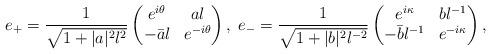
LaTeX: \begin{align*} e_{+} = \frac{1}{\sqrt{1+ |a|^2 \l^{2}}}\begin{pmatrix} e^{i \theta} & a \l \\ -\bar a\l & e^{-i \theta} \end{pmatrix}, \;e_{-} = \frac{1}{\sqrt{1+ |b|^2 \l^{-2}}}\begin{pmatrix} e^{i \kappa} & b \l^{-1} \\ -\bar b\l^{-1} & e^{-i \kappa}\end{pmatrix},\end{align*}